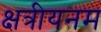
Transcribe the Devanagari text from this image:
क्षत्रीयनम